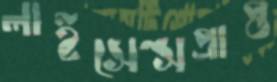
লাইসেন্সপ্রাপ্ত